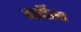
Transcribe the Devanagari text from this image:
गर्दीला